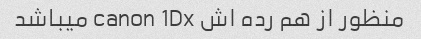
منظور از هم رده اش canon 1Dx میباشد